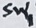
Text: Sw1